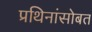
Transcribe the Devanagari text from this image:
प्रथिनांसोबत